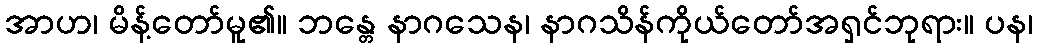
အာဟ၊ မိန့်တော်မူ၏။ ဘန္တေ နာဂသေန၊ နာဂသိန်ကိုယ်တော်အရှင်ဘုရား။ ပန၊